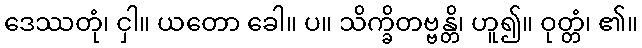
ဒေဿတုံ၊ ငှါ။ ယတော ခေါ။ ပ။ သိက္ခိတဗ္ဗန္တိ၊ ဟူ၍။ ဝုတ္တံ၊ ၏။